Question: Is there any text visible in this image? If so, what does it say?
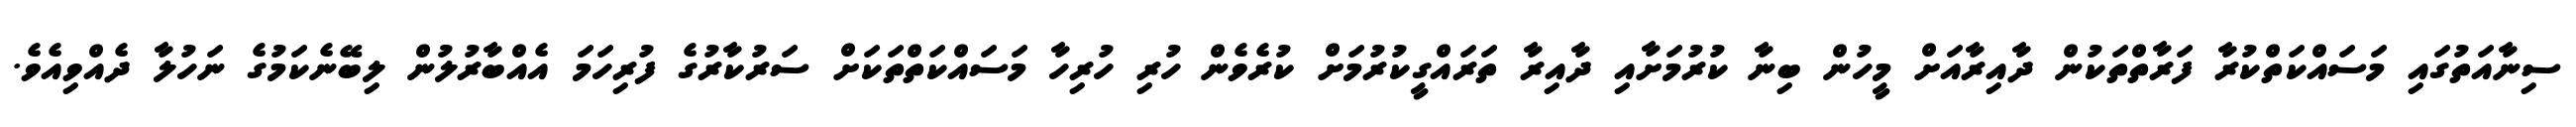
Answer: ސިނާއަތުގައި މަސައްކަތްކުރާ ފަރާތްތަކުން ދާއިރާއަށް މީހުން ބިނާ ކުރުމަށާއި ދާއިރާ ތަރައްގީކުރުމަށް ކުރެވެން ހުރި ހުރިހާ މަސައްކަތްތަކަށް ސަރުކާރުގެ ފުރިހަމަ އެއްބާރުލުން ލިބޭނެކަމުގެ ނަހުލާ ދެއްވިއެވެ.